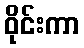
ဝိုင်းကာ